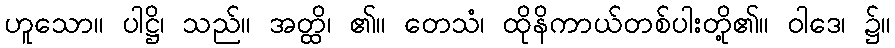
ဟူသော။ ပါဋ္ဌိ၊ သည်။ အတ္ထိ၊ ၏။ တေသံ၊ ထိုနိကာယ်တစ်ပါးတို့၏။ ဝါဒေ၊ ၌။